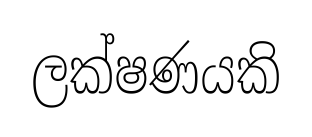
ලක්ෂණයකි